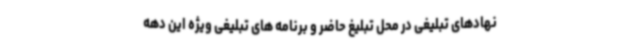
نهادهای تبلیغی در محل تبلیغ حاضر و برنامه های تبلیغی ویژه این دهه